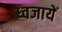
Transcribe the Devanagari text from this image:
ध्वजायें